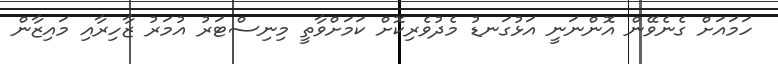
ހަމައަށް ގެނެވޭން އޮންނަނީ އަޅުގަނޑު މެދުވެރިކޮށް ކަމަށްވާތީ މިނިސްޓަރު އުމަރު ޒާހިރާއި މައިޒާން